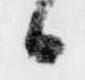
候